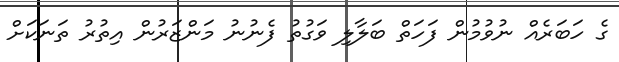
ގެ ހަބަރެއް ނުވުމުން ފަހަތް ބަލާލި ވަގުތު ފެނުނު މަންޒަރުން އިތުރު ތަނަކަށް